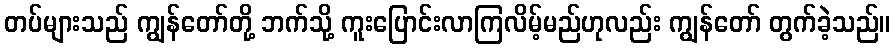
တပ်များသည် ကျွန်တော်တို့ ဘက်သို့ ကူးပြောင်းလာကြလိမ့်မည်ဟုလည်း ကျွန်တော် တွက်ခဲ့သည်။